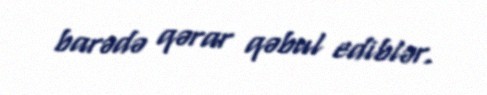
barədə qərar qəbul ediblər.